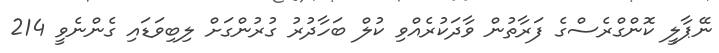
ނޭޕާލީ ކޮންގްރެސްގެ ފަރާތުން ވާދަކުރެއްވި ކުލް ބަހާދުރު ގުރުންގަށް ލިބިވަޑައި ގެންނެވީ 214